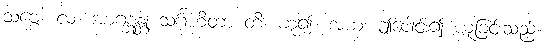
သဗ္ဗေ။ လ။ အာဂစ္ဆန္တု သင်္ဂဟိတာ တိ၊ ဟူ၍။ အယံ၊ ဤပေါင်း၍ ယူခြင်းသည်။